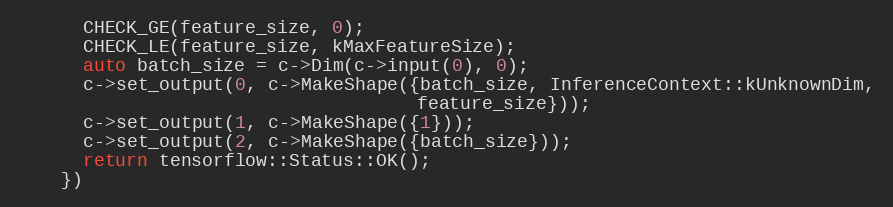
Language: C++
      CHECK_GE(feature_size, 0);
      CHECK_LE(feature_size, kMaxFeatureSize);
      auto batch_size = c->Dim(c->input(0), 0);
      c->set_output(0, c->MakeShape({batch_size, InferenceContext::kUnknownDim,
                                     feature_size}));
      c->set_output(1, c->MakeShape({1}));
      c->set_output(2, c->MakeShape({batch_size}));
      return tensorflow::Status::OK();
    })